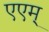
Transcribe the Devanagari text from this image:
एएम्